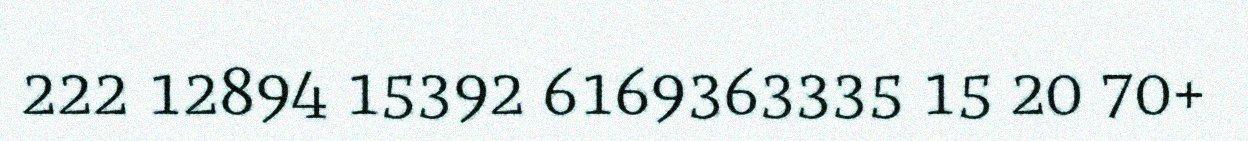
222 12894 15392 6169363335 15 20 70+